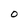
Character: o